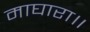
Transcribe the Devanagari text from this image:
माघारा॥